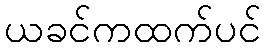
ယခင်ကထက်ပင်